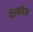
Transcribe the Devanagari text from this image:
पेरकोदन